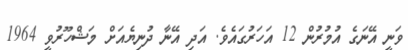
ވަނީ އޭނަގެ އުމުރުން 12 އަހަރުގައެވެ. އަދި އޭނާ ދުނިޔެއަށް މަޝްހޫރުވީ 1964